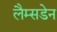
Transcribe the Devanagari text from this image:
लैम्सडेन